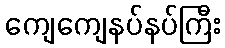
ကျေကျေနပ်နပ်ကြီး